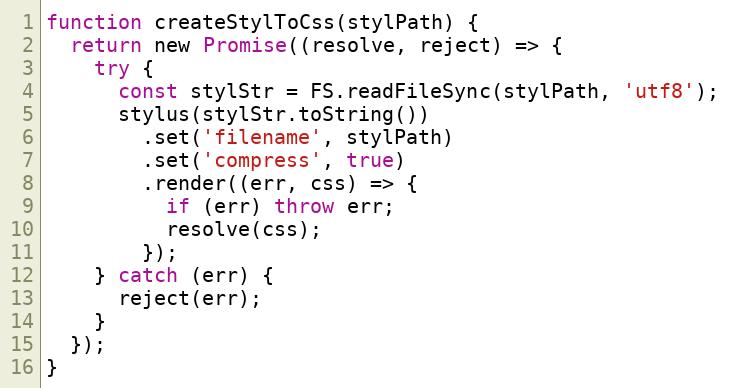
Language: JavaScript
function createStylToCss(stylPath) {
  return new Promise((resolve, reject) => {
    try {
      const stylStr = FS.readFileSync(stylPath, 'utf8');
      stylus(stylStr.toString())
        .set('filename', stylPath)
        .set('compress', true)
        .render((err, css) => {
          if (err) throw err;
          resolve(css);
        });
    } catch (err) {
      reject(err);
    }
  });
}